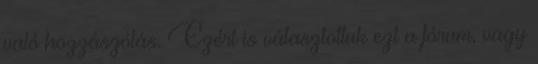
való hozzászólás. Ezért is választottuk ezt a fórum, vagy